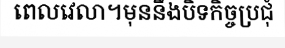
ពេលវេលា។មុននឹងបិទកិច្ចប្រជុំ